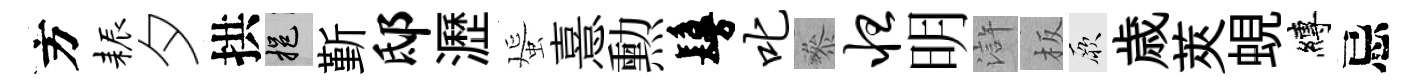
方耨夕拱挹斳邸瀝蜑憙勲鬘叱叅怛明滸板厥歳莢蜆縛忌